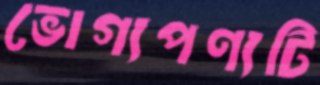
ভোগ্যপণ্যটি